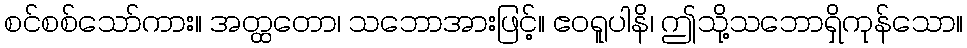
စင်စစ်သော်ကား။ အတ္ထတော၊ သဘောအားဖြင့်။ ဧဝရူပါနိ၊ ဤသို့သဘောရှိကုန်သော။